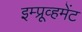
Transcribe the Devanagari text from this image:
इम्प्रूव्हमेंट